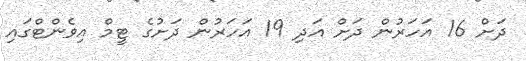
ދަށް 16 އަހަރުން ދަށް އަދި 19 އަހަރުން ދަށުގެ ޓީމް އިވެންޓްގައި